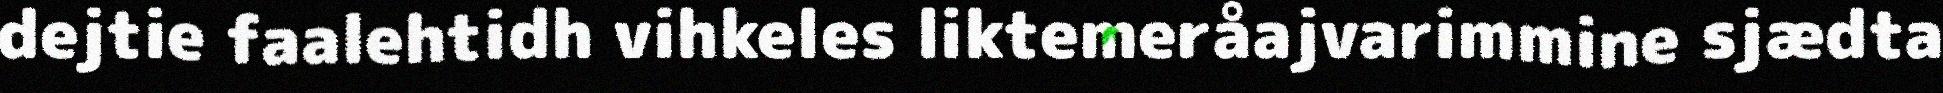
dejtie faalehtidh vihkeles liktemeråajvarimmine sjædta